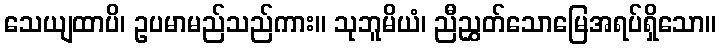
သေယျထာပိ၊ ဥပမာမည်သည်ကား။ သုဘူမိယံ၊ ညီညွှတ်သောမြေအရပ်ရှိသော။